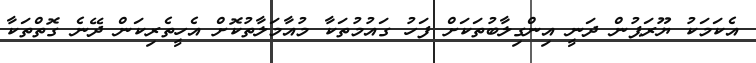
އެކަމަކު ޔޫރަޕުން ދަނީ އިންގިލާބުތަކަށް ފަހު ގައުމުތަކާ މުއާމަލާތުކޮށް އެހީތެރިކަން ދޭނެ ގޮތްތަކާ